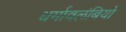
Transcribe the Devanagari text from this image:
धर्मावलंबियो